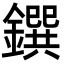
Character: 鐉